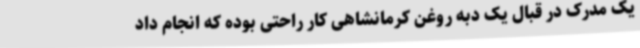
یک مدرک در قبال یک دبه روغن کرمانشاهی کار راحتی بوده که انجام داد